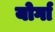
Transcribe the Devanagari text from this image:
योर्गा